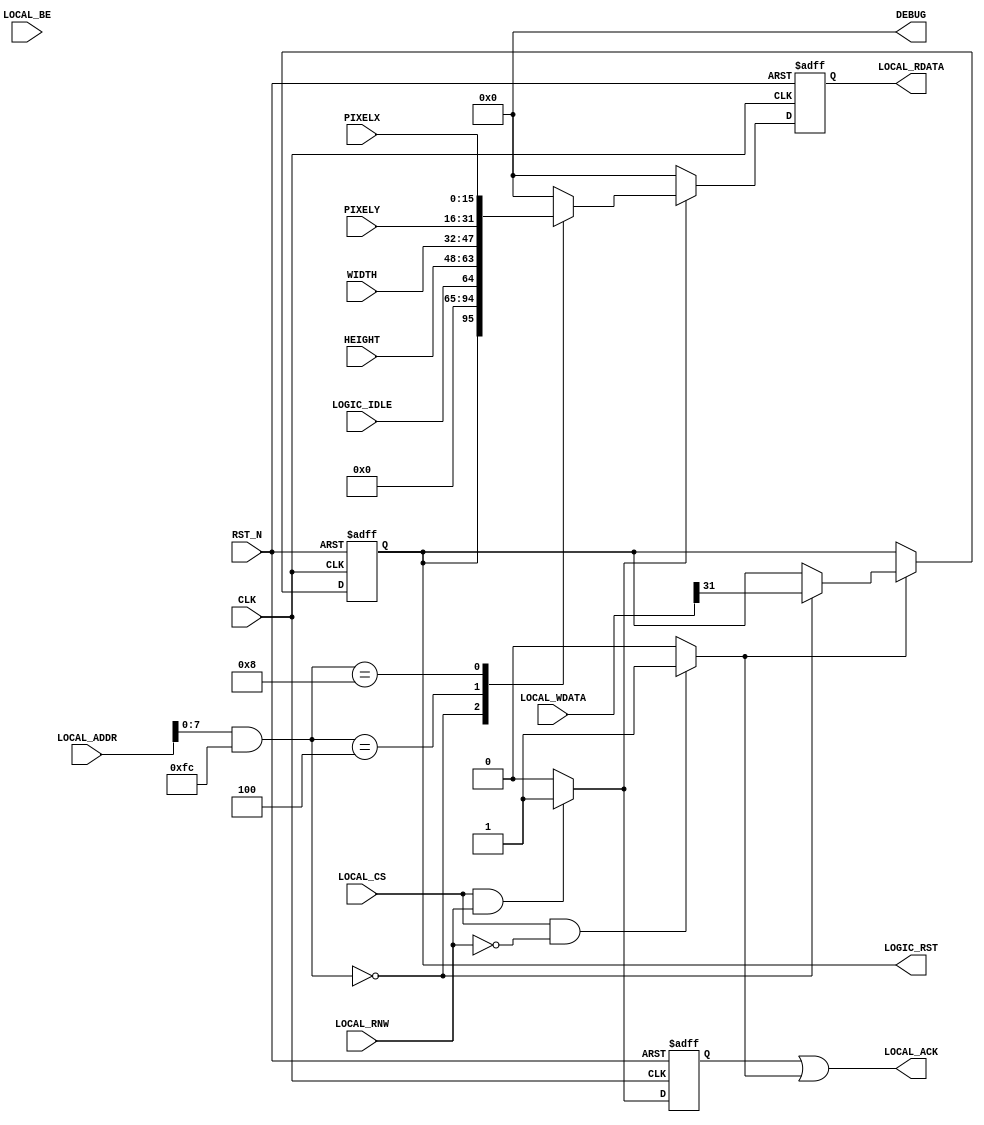
/*
 * Copyright (C)2014-2015 AQUAXIS TECHNOLOGY.
 *  Don't remove this header. 
 * When you use this source, there is a need to inherit this header.
 *
 * License
 *  For no commercial -
 *   License:     The Open Software License 3.0
 *   License URI: http://www.opensource.org/licenses/OSL-3.0
 *
 *  For commmercial -
 *   License:     AQUAXIS License 1.0
 *   License URI: http://www.aquaxis.com/licenses
 *
 * For further information please contact.
 *	URI:    http://www.aquaxis.com/
 */
module aq_axi_djpeg_ctl(
  input         RST_N,
  input         CLK,

  input         LOCAL_CS,
  input         LOCAL_RNW,
  output        LOCAL_ACK,
  input [31:0]  LOCAL_ADDR,
  input [3:0]   LOCAL_BE,
  input [31:0]  LOCAL_WDATA,
  output [31:0] LOCAL_RDATA,
  
  output        LOGIC_RST,
  input         LOGIC_IDLE,
  
  input [15:0]  WIDTH,
  input [15:0]  HEIGHT,
  input [15:0]  PIXELX,
  input [15:0]  PIXELY,

  output [31:0] DEBUG 
);

  localparam A_STATUS    = 8'h00;
  localparam A_SIZE      = 8'h04;
  localparam A_PIXEL     = 8'h08;

  wire        wr_ena, rd_ena, wr_ack;
  reg         rd_ack;

  reg [31:0]  reg_rdata;

  reg         reg_rst;

  assign wr_ena = (LOCAL_CS & ~LOCAL_RNW)?1'b1:1'b0;
  assign rd_ena = (LOCAL_CS &  LOCAL_RNW)?1'b1:1'b0;
  assign wr_ack = wr_ena;

  // Write Register
  always @(posedge CLK or negedge RST_N) begin
    if(!RST_N) begin
      reg_rst <= 1'b0;
    end else begin
      if(wr_ena) begin
        case(LOCAL_ADDR[7:0] & 8'hFC)
          A_STATUS: begin
            reg_rst <= LOCAL_WDATA[31];
          end
          A_SIZE: begin
          end
          A_PIXEL: begin
          end
          default: begin
          end
        endcase
      end
    end
  end

  // Read Register
  always @(posedge CLK or negedge RST_N) begin
    if(!RST_N) begin
      reg_rdata[31:0] <= 32'd0;
      rd_ack <= 1'b0;
    end else begin
      rd_ack <= rd_ena;
      if(rd_ena) begin
        case(LOCAL_ADDR[7:0] & 8'hFC)
          A_STATUS: begin
            reg_rdata[31:0] <= {reg_rst, 30'd0, LOGIC_IDLE};
          end
          A_SIZE: begin
            reg_rdata[31:0] <= {HEIGHT[15:0], WIDTH[15:0]};
          end
          A_PIXEL: begin
            reg_rdata[31:0] <= {PIXELY[15:0], PIXELX[15:0]};
          end
          default: begin
            reg_rdata[31:0] <= 32'd0;
          end
        endcase
      end else begin
        reg_rdata[31:0] <= 32'd0;
      end
    end
  end
  
  assign LOGIC_RST = reg_rst;

  assign LOCAL_ACK          = rd_ack | wr_ack;
  assign LOCAL_RDATA[31:0]  = reg_rdata[31:0];

  assign DEBUG[31:0] = {32'd0};

endmodule